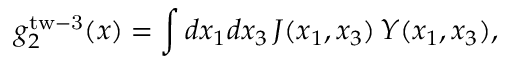
g _ { 2 } ^ { \mathrm { t w - 3 } } ( x ) = \int d x _ { 1 } d x _ { 3 } \, { \cal J } ( x _ { 1 } , x _ { 3 } ) \, Y ( x _ { 1 } , x _ { 3 } ) ,